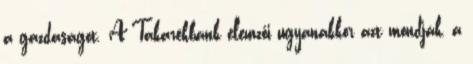
a gazdaságot. A Takarékbank elemzői ugyanakkor azt mondják, a